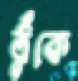
ঠুঁকে